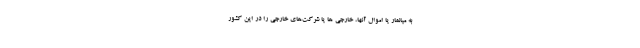
به میانمار یا اموال آنها، خارجی ها یا شرکت‌های خارجی را در این کشور